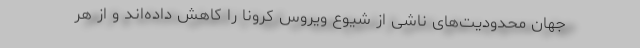
جهان محدودیت‌های ناشی از شیوع ویروس کرونا را کاهش داده‌اند و از هر